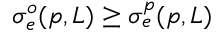
\sigma _ { e } ^ { o } ( p , L ) \geq \sigma _ { e } ^ { p } ( p , L )